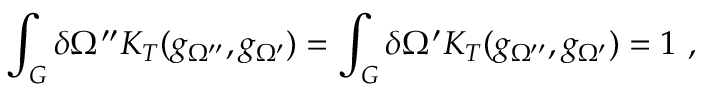
\int _ { G } ^ { } \delta \Omega ^ { \prime \prime } K _ { T } ( g _ { \Omega ^ { \prime \prime } } , g _ { \Omega ^ { \prime } } ) = \int _ { G } ^ { } \delta \Omega ^ { \prime } K _ { T } ( g _ { \Omega ^ { \prime \prime } } , g _ { \Omega ^ { \prime } } ) = 1 \ ,